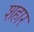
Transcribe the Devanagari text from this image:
शहार